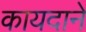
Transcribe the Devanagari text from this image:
कायदाने